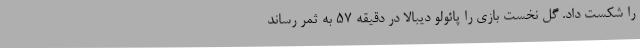
را شکست داد. گل نخست بازی را پائولو دیبالا در دقیقه 57 به ثمر رساند